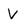
Character: V